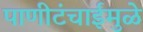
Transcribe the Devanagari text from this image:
पाणीटंचाईमुळे